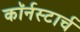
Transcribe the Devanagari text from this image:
कॉर्नस्टार्च